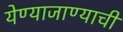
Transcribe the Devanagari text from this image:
येण्याजाण्याची